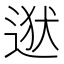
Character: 𮷡